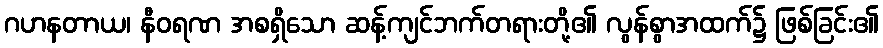
ဂဟနတာယ၊ နီဝရဏ အစရှိသော ဆန့်ကျင်ဘက်တရားတို့၏ လွန်စွာအထက်၌ ဖြစ်ခြင်း၏